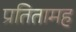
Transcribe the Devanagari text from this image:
प्रतितामह